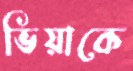
ভিয়াকে